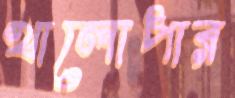
খালোপার